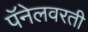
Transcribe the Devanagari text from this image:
पॅनेलवरती